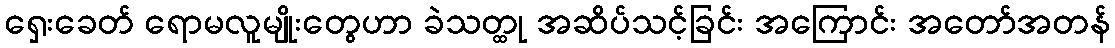
ရှေးခေတ် ရောမလူမျိုးတွေဟာ ခဲသတ္ထု အဆိပ်သင့်ခြင်း အကြောင်း အတော်အတန်